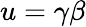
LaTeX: u=\gamma\beta